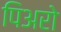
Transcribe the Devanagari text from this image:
पिअरो